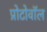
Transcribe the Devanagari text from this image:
प्रोटोवॉल